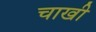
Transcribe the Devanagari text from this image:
चाखी